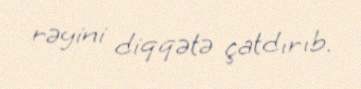
rəyini diqqətə çatdırıb.